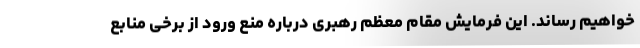
خواهیم رساند. این فرمایش مقام معظم رهبری درباره منع ورود از برخی منابع